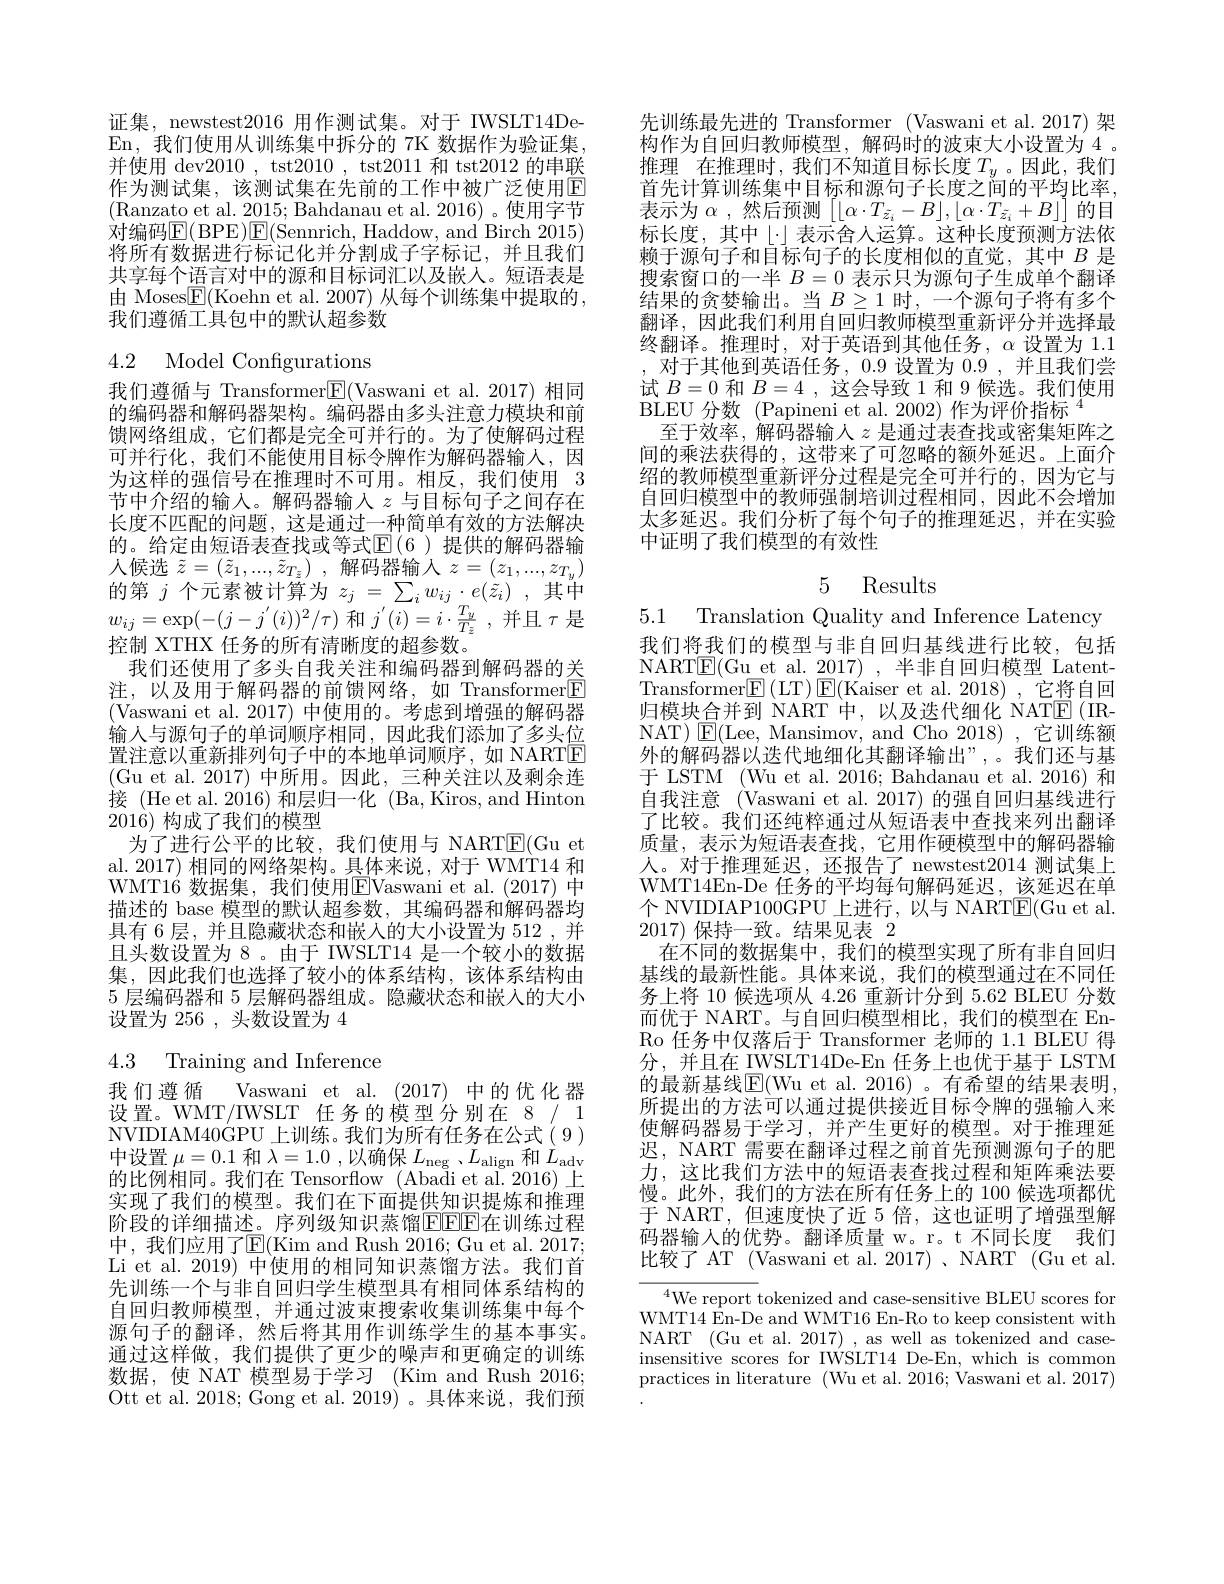
证集，newstest2016 用作测试集。对于 IWSLT14DeEn,我们使用从训练集中拆分的 7K 数据作为验证集并使用 dev2010, tst2010, tst2011 和 tst2012 的串联作为测试集，该测试集在先前的工作中被广泛使用$\overline{\mathrm{E}}$ (Ranzato et al. 2015; Bahdanau et al. 2016)。使用字节对编码$\operatorname{E}(\operatorname{BPE})\operatorname{E}($Sennrich, Haddow, and Birch 2015) 将所有数据进行标记化并分割成子字标记，并且我们共享每个语言对中的源和目标词汇以及嵌人。短语表是由 Moses$\boxed{\mathrm{F}}($Koehn et al. 2007) 从每个训练集中提取的， 我们遵循工具包中的默认超参数

4.2 Model Configurations

我们遵循与 Transformer$\boxed{\mathrm{F}}($Vaswani et al.2017)相同的编码器和解码器架构。编码器由多头注意力模块和前馈网络组成，它们都是完全可并行的。为了使解码过程可并行化，我们不能使用目标令牌作为解码器输人，因为这样的强信号在推理时不可用。相反，我们使用 3节中介绍的输入。解码器输入$z$与目标句子之间存在长度不匹配的问题，这是通过一种简单有效的方法解决的。给定由短语表查找或等式$\operatorname{E}(6$ )提供的解码器输人候选$\tilde{z} = ( \tilde{z} _1, . . . , \tilde{z} _{T\bar{z} })$ ,解码器输入$z=(z_1,...,z_{T_y})$ 的第$j$个元素被计算为$z_j=\sum_iw_{ij}\cdot e(\tilde{z}_i)$ ,其中$w_{ij}=\exp(-(j-j^{'}(i))^2/\tau)$和$j^\prime ( i) = i\cdot \frac {T_y}{T_z}$ ,并且$\tau$是控制 XTHX 任务的所有清晰度的超参数。
我们还使用了多头自我关注和编码器到解码器的关注，以及用于解码器的前馈网络，如 Transformer$\boxed{\mathrm{E}}$ (Vaswani et al. 2017) 中使用的。考虑到增强的解码器输人与源句子的单词顺序相同，因此我们添加了多头位置注意以重新排列句子中的本地单词顺序，如 NARTE (Gu et al.2017)中所用。因此，三种关注以及剩余连接 (He et al. 2016) 和层归一化 (Ba, Kiros, and Hinton 2016)构成了我们的模型
为了进行公平的比较，我们使用与 NARTE(Gu et al. 2017) 相同的网络架构。具体来说，对于 WMT14 和WMT16 数据集，我们使用$\boxed{\mathrm{E}}$Vaswani et al.(2017)中描述的 base 模型的默认超参数，其编码器和解码器均具有 6 层，并且隐藏状态和嵌入的大小设置为 512 , 并且头数设置为 8。由于 IWSLT14 是一个较小的数据集，因此我们也选择了较小的体系结构，该体系结构由5 层编码器和 5 层解码器组成。隐藏状态和嵌入的大小设置为 256 , 头数设置为 4

# 4.3 Training and Inference

我们遵循 Vaswani et al. (2017) 中的优化器设置。WMT/IWSLT 任务的模型分别在 8/ 1 NVIDIAM40GPU 上训练。我们为所有任务在公式(9) 中设置$\mu=0.1$和$\lambda=1.0$ ,以确保$L_\mathrm{neg}$ 、$L_\mathrm{align}$和$L_\mathrm{adv}$ 的比例相同。我们在 Tensorflow (Abaåi et al.2016) 上实现了我们的模型。我们在下面提供知识提炼和推理阶段的详细描述。序列级知识蒸馏EEEE在训练过程中，我们应用了E(Kim and Rush 2016; Gu et al. 2017; Li et al. 2019) 中使用的相同知识蒸馏方法。我们首先训练一个与非自回归学生模型具有相同体系结构的自回归教师模型，并通过波束搜索收集训练集中每个源句子的翻译，然后将其用作训练学生的基本事实。通过这样做，我们提供了更少的噪声和更确定的训练数据，使 NAT 模型易于学习 (Kim and Rush 2016; Ott et al. 2018; Gong et al. 2019)。具体来说，我们预

先训练最先进的 Transformer (Vaswani et al.2017)架构作为自回归教师模型，解码时的波束大小设置为 4 。推理 在推理时，我们不知道目标长度$T_y$ 。因此，我们首先计算训练集中目标和源句子长度之间的平均比率， 表示为$\alpha$ ,然后预测$\left\lfloor\lfloor\alpha\cdot T_{\tilde{z}_i}-B\rfloor,\lfloor\alpha\cdot T_{\tilde{z}_i}+B\rfloor\right\rfloor$的目标长度，其中$\lfloor\cdot\rfloor 表示舍人运算。这种长度预测方法依$ 赖于源句子和目标句子的长度相似的直觉，其中$B$是搜索窗口的一半$B=0$表示只为源句子生成单个翻译结果的贪婪输出。当$B\geq1$时，一个源句子将有多个翻译，因此我们利用自回归教师模型重新评分并选择最终翻译。推理时，对于英语到其他任务，$\alpha$设置为 1.1对于其他到英语任务，0.9 设置为0.9 ,并且我们尝试$B=0$和$B=4$,这会导致 1 和 9 候选。我们使用BLEU 分数 (Papineni et al. 2002) 作为评价指标$^{4}$
至于效率，解码器输人$z$是通过表查找或密集矩阵之间的乘法获得的，这带来了可忽略的额外延迟。上面介绍的教师模型重新评分过程是完全可并行的，因为它与自回归模型中的教师强制培训过程相同，因此不会增加太多延迟。我们分析了每个句子的推理延迟，并在实验中证明了我们模型的有效性

# 5 Results

5.1 Translation Quality and Inference Latency
我们将我们的模型与非自回归基线进行比较，包括NARTE( Gu et al. 2017) , 半 非 自 回 归 模 型 Latent- Transformer$\boxed{\mathrm{F} }\left ( \mathrm{LT}\right ) \boxed{\mathrm{E} }\left ( \mathrm{Kaiser~et~al. ~2018}\right ) $,它将自回归模块合并到 NART 中，以及迭代细化 NATE (IRNAT) $\operatorname{E}($Lee, Mansimov, and Cho 2018),~.~~它训练额外的解码器以迭代地细化其翻译输出”,。我们还与基于 LSTM (Wu et al. 2016; Bahdanau et al. 2016) 和自我注意 (Vaswani et al. 2017) 的强自回归基线进行了比较。我们还纯粹通过从短语表中查找来列出翻译质量，表示为短语表查找，它用作硬模型中的解码器输人。对于推理延迟，还报告了 newstest2014 测试集上WMT14En-De 任务的平均每句解码延迟，该延迟在单个 NVIDIAP100GPU 上进行，以与 NARTE(Gu et al. 2017)保持一致。结果见表 2
在不同的数据集中，我们的模型实现了所有非自回归基线的最新性能。具体来说，我们的模型通过在不同任务上将 10 候选项从 4.26 重新计分到 5.62 BLEU 分数而优于 NART。与自回归模型相比，我们的模型在 EnRo 任务中仅落后于 Transformer 老师的 1.1 BLEU 得分，并且在 IWSLT14De-En 任务上也优于基于 LSTM 的最新基线$\overline{\mathbb{E}}($Wu et al. 2016) 。有希望的结果表明所提出的方法可以通过提供接近目标令牌的强输人来使解码器易于学习，并产生更好的模型。对于推理延迟，NART 需要在翻译过程之前首先预测源句子的肥力，这比我们方法中的短语表查找过程和矩阵乘法要慢。此外，我们的方法在所有任务上的 100 候选项都优于 NART, 但速度快了近 5 倍，这也证明了增强型解码器输入的优势。翻译质量 w。r。t 不同长度 我们比较了 AT (Vaswani et al. 2017)、NART (Gu et al.
${^{4}\text{We report }}$tokenized and case-sensitive BLEU scores for WMT14 En-De and WMT16 En-Ro to keep consistent with

NART (Gu et al. 2017) , as well as tokenized and caseinsensitive scores for IWSLT14 De-En, which is common practices in literature (Wu et al. 2016; Vaswani et al. 2017)